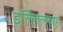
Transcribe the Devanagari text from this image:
इल्लिल्लाह्